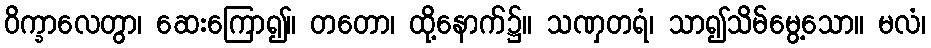
ဝိက္ခာလေတွာ၊ ဆေးကြော၍။ တတော၊ ထို့နောက်၌။ သဏှတရံ၊ သာ၍သိမ်မွေ့သော။ မလံ၊